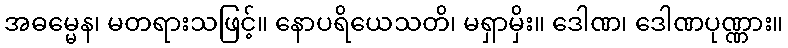
အဓမ္မေန၊ မတရားသဖြင့်။ နောပရိယေသတိ၊ မရှာမှိး။ ဒေါဏ၊ ဒေါဏပုဏ္ဏား။